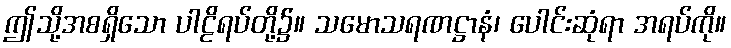
ဤသို့အစရှိသော ပါဠိရပ်တို့၌။ သမောသရဏဋ္ဌာနံ၊ ပေါင်းဆုံရာ အရပ်ကို။